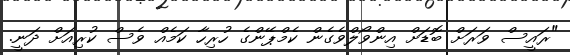
"ރައީސް ވަރަށް ބޮޑަށް އިންވޯލްވެގެން ކެމްޕޭންގެ ހުރިހާ ކަމެއް ވެސް ކުރިއަށް ދަނީ.